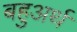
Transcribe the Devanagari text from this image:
बहुअर्थ